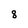
Character: 8